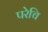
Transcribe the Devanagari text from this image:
परेचि